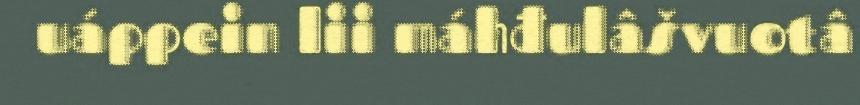
uáppein lii máhđulâšvuotâ